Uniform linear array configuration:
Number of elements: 16
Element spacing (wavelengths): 0.5
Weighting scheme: hann
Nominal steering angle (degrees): -30
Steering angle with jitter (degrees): -31.118
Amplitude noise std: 0.05
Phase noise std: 0.05

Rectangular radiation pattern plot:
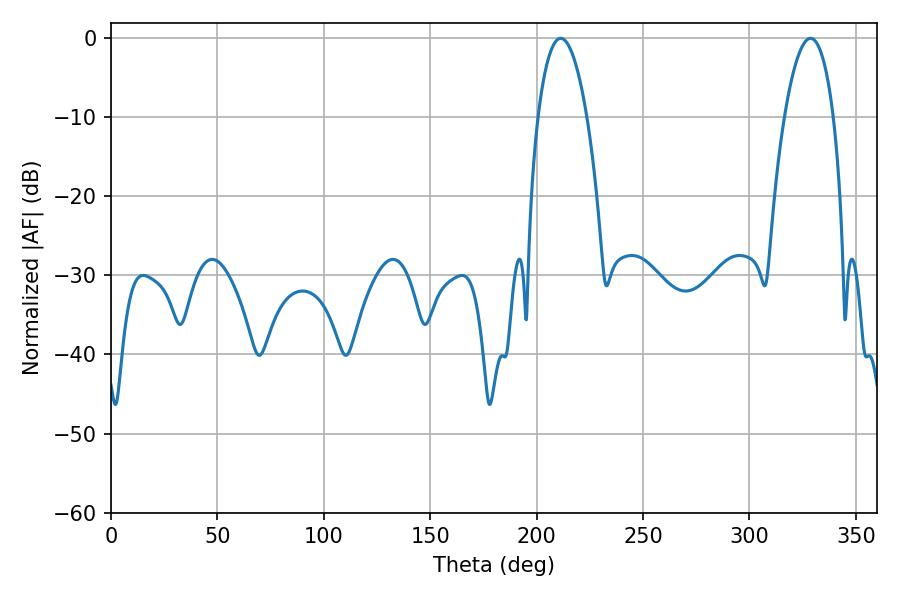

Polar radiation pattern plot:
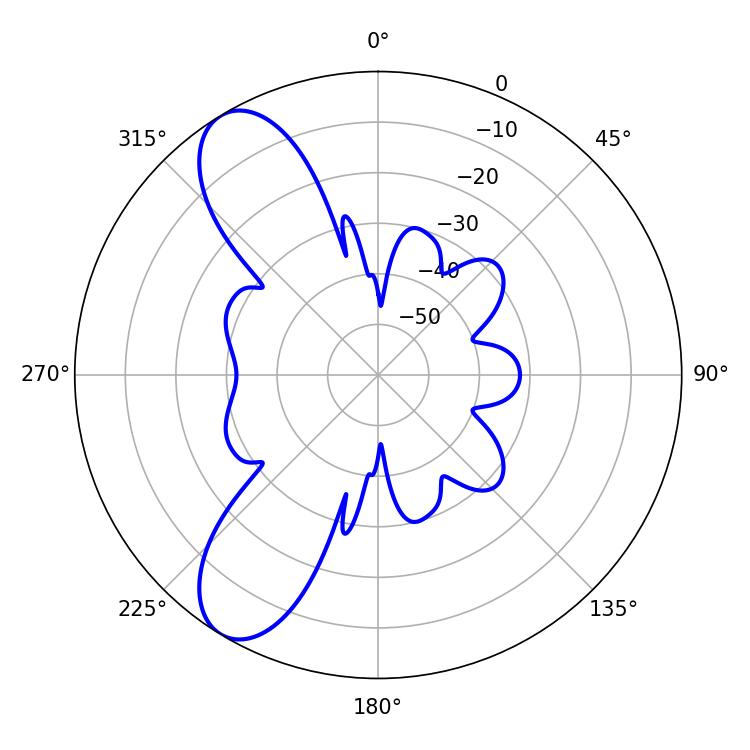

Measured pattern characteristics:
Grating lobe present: FALSE
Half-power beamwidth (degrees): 12.78
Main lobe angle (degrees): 211.32